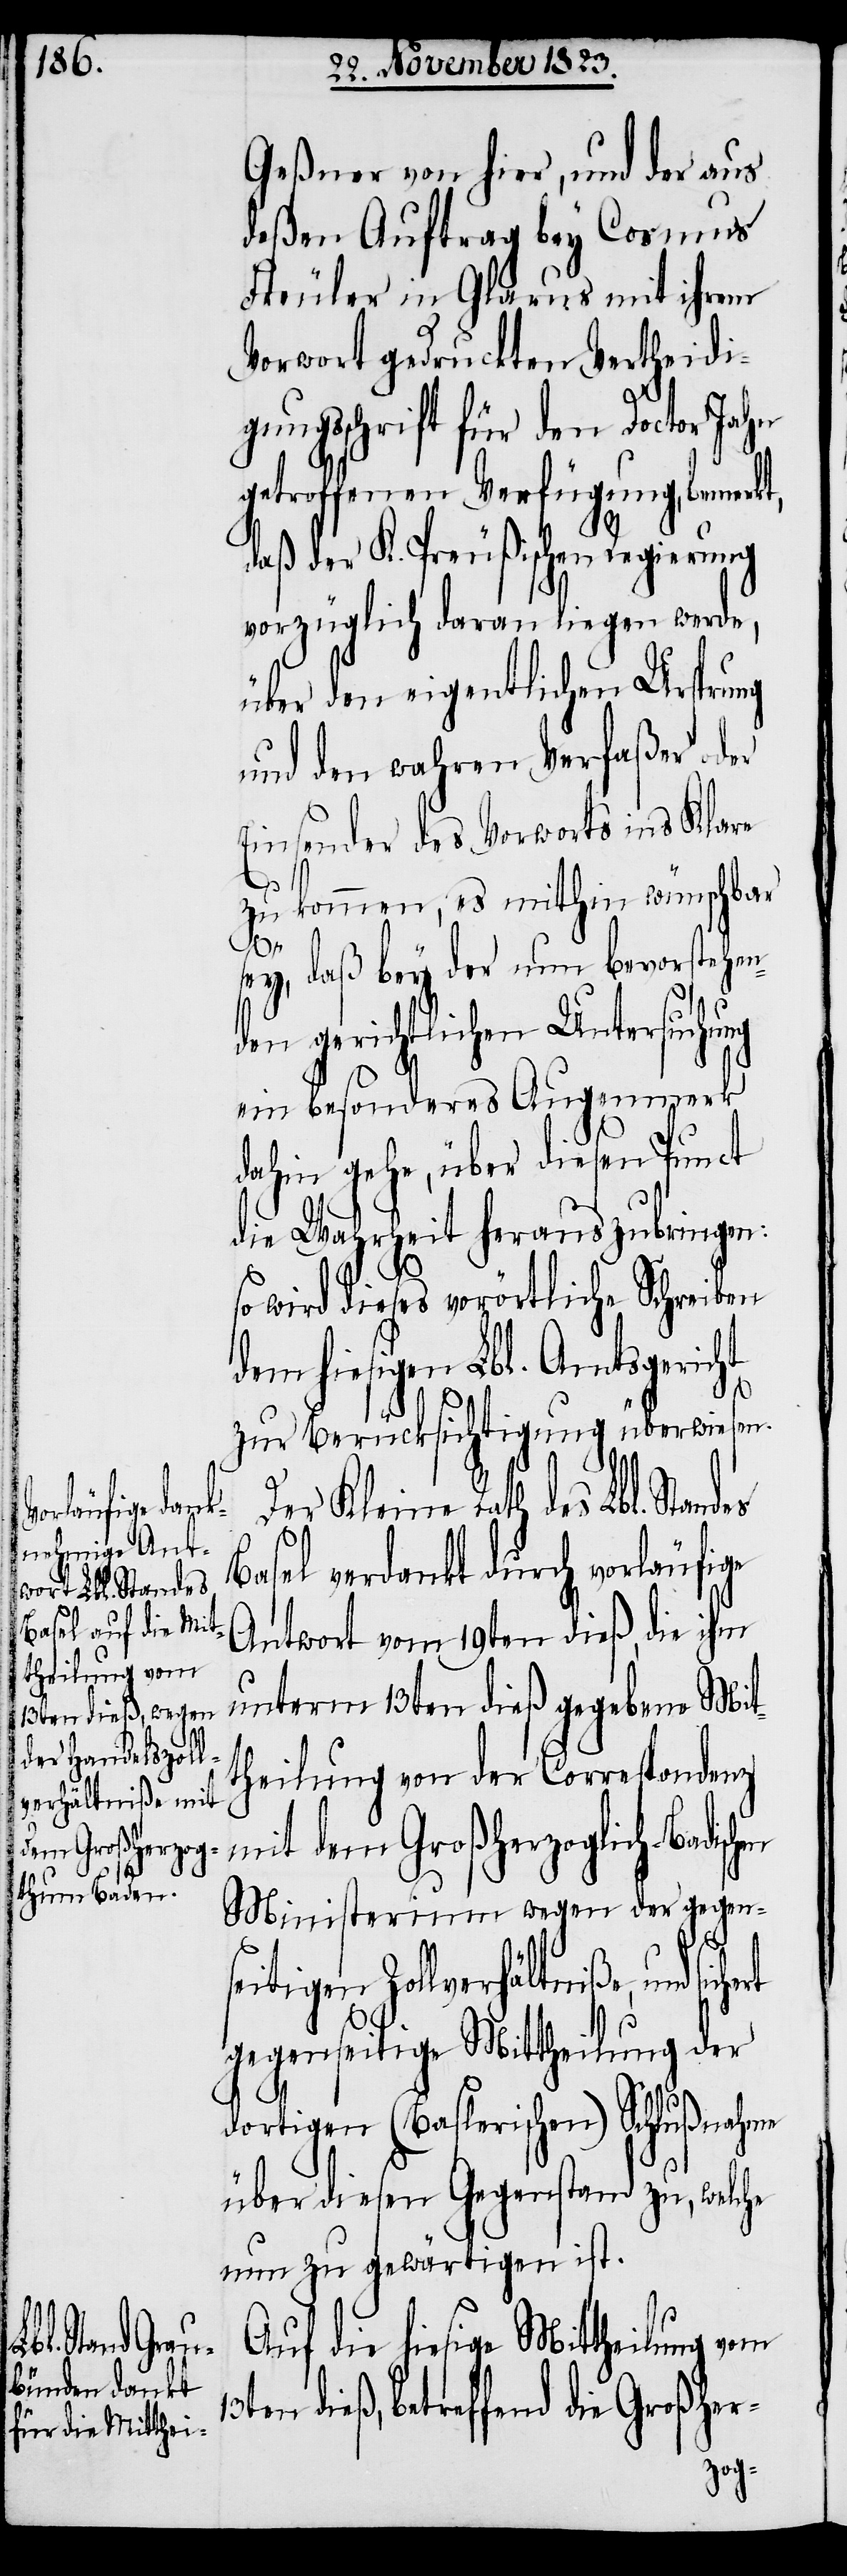
Geßner von hier, und der aus
deßen Auftrag bey Cosmus
Freuler in Glarus mit ihrem
Vorwort gedruckten Vertheidig¬
ungsschrift für den Doctor Jahn
getroffenen Verfügung, bemerkt,
daß der K. Preußischen Regierung
vorzüglich daran liegen werde,
über den eigentlichen Ursprung
und den wahren Verfaßer oder
Einsender des Vorworts ins Klare
zu kommen, es mithin wünschbar
13t¬
sey, daß bey der nun bevorstehe¬
den gerichtlichen Untersuchung
ein besonderes Augenmerk
dahin gehe, über diesen Punct
die Wahrheit herauszubringen:
so wird dieses vorörtliche Schreiben
dem hiesigen Lbl. Amtsgericht
zur Berücksichtigung überwiesen.
Der Kleine Rath des Lbl. Standes
Basel verdankt durch vorläufige
Antwort vom 19ten dieß, die ihm
theilung von
unterm 13ten dieß gegebene Mit¬
Correspondenz mit dem Großherzoglich-Badischen
Ministerium wegen der gegen¬
seitigen Zollverhältniße, und
gegenseitige Mittheilung der
dortigen (Baslerischen) Schlußnahme
über diesen Gegenstand zu, welche
nun zu gewärtigen ist.
Auf die hiesige Mittheilung vom
en dieß, betreffend die Großher-
der